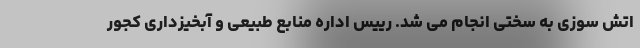
اتش سوزی به سختی انجام می شد. رییس اداره منابع طبیعی و آبخیزداری کجور